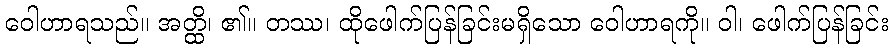
ဝေါဟာရသည်။ အတ္ထိ၊ ၏။ တဿ၊ ထိုဖေါက်ပြန်ခြင်းမရှိသော ဝေါဟာရကို။ ဝါ၊ ဖေါက်ပြန်ခြင်း